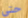
حتى